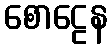
စောဠေန